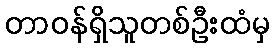
တာဝန်ရှိသူတစ်ဦးထံမှ